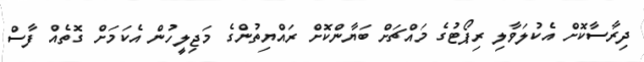
ދިރާސާކޮށް އެކުލަވާލި ރިޕޯޓުގެ މައްޗަށް ބަޔާންކޮށް ރައްޔިތުންގެ މަޖިލީހުން އެކަމަށް ގޮތެއް ފާސް